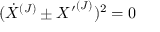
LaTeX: ( { \dot { X } } ^ { ( J ) } \pm { X ^ { \prime } } ^ { ( J ) } ) ^ { 2 } = 0